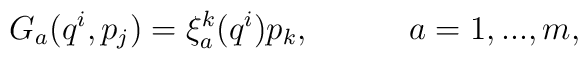
G_a(q^i,p_j)=\xi^k_a(q^i)p_k, ~~~~~~~~~a=1,...,m,